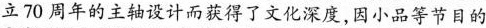
立70周年的主轴设计而获得了文化深度，因小品等节目的